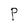
Character: P